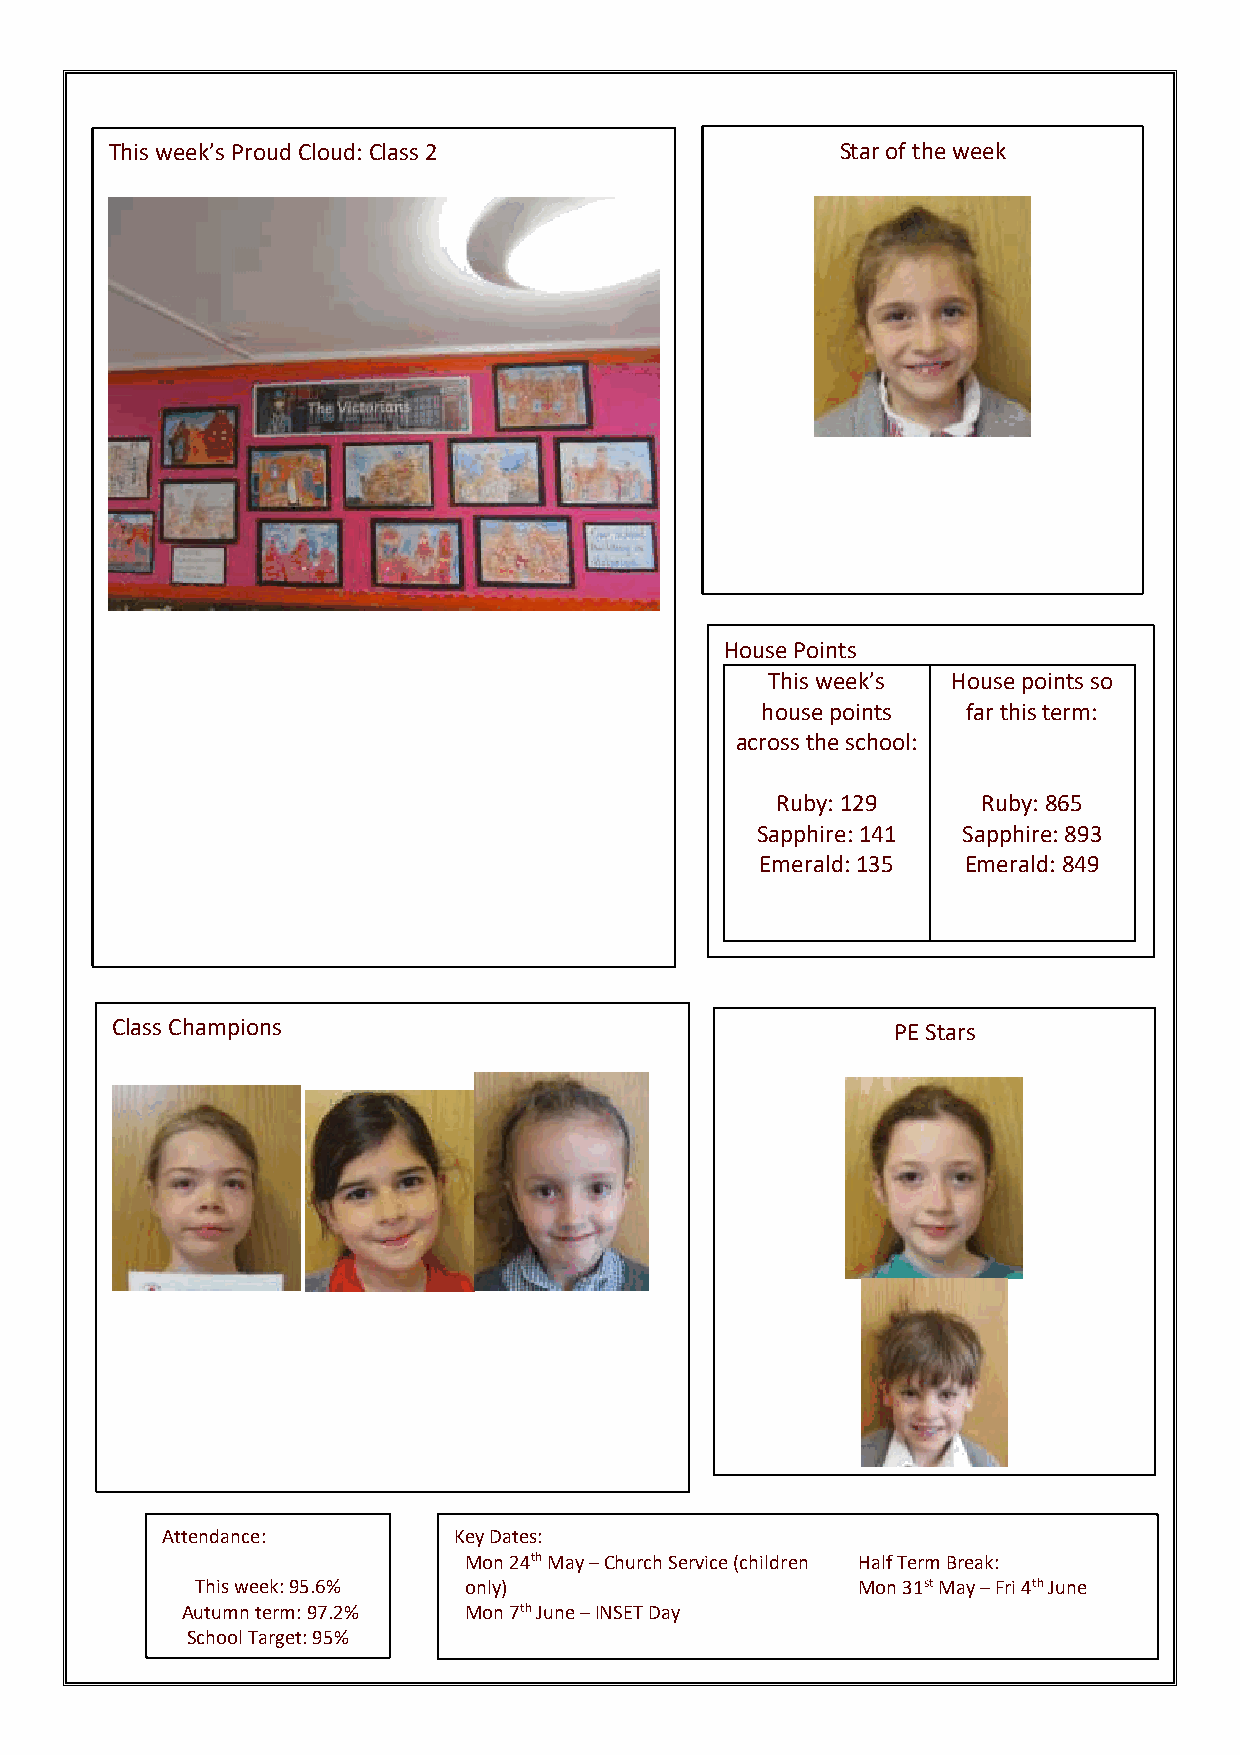
This week’s Proud Cloud: Class 2                 Star of the week
 House Points
 This week’s House points so
 house points  far this term:
 across the school:
 Ruby: 129     Ruby: 865
 Sapphire: 141 Sapphire: 893
 Emerald: 135  Emerald: 849
 Class Champions                                     PE Stars
 Attendance:        Key Dates:
 Mon 24th May – Church Service (children Half Term Break:
 This week: 95.6%  only)                     Mon 31st May – Fri 4th June
 Autumn term: 97.2% Mon 7th June – INSET Day
 School Target: 95%